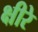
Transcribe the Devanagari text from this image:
क्षीरे